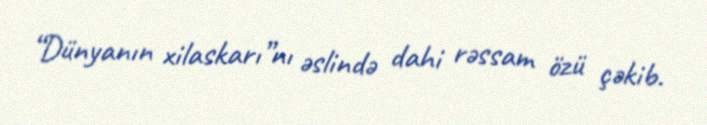
“Dünyanın xilaskarı”nı əslində dahi rəssam özü çəkib.